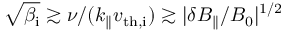
\sqrt { \beta _ { \mathrm { i } } } \gtrsim \nu / ( k _ { \parallel } v _ { \mathrm { t h , i } } ) \gtrsim | \delta B _ { \parallel } / B _ { 0 } | ^ { 1 / 2 }